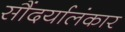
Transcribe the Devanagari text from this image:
सौंदर्यालंकार